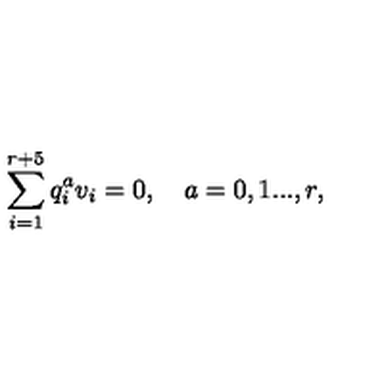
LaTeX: \sum _ { i = 1 } ^ { r + 5 } q _ { i } ^ { a } v _ { i } = 0 , \quad a = 0 , 1 . . . , r ,